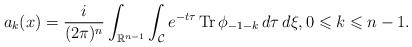
LaTeX: \begin{align*} a_{k}(x) = \frac{i}{(2 \pi)^{n}}\int_{\mathbb{R}^{n-1}}\int_{\mathcal{C}} e^{-t\tau} \operatorname{Tr} \phi_{-1-k} \,d\tau \,d\xi, 0 \leqslant k \leqslant n-1.\end{align*}